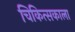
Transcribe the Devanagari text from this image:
चिकित्सकाला